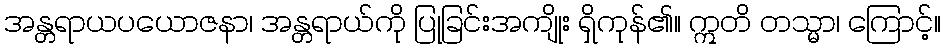
အန္တရာယပယောဇနာ၊ အန္တရာယ်ကို ပြုခြင်းအကျိုး ရှိကုန်၏။ ဣတိ တသ္မာ၊ ကြောင့်။